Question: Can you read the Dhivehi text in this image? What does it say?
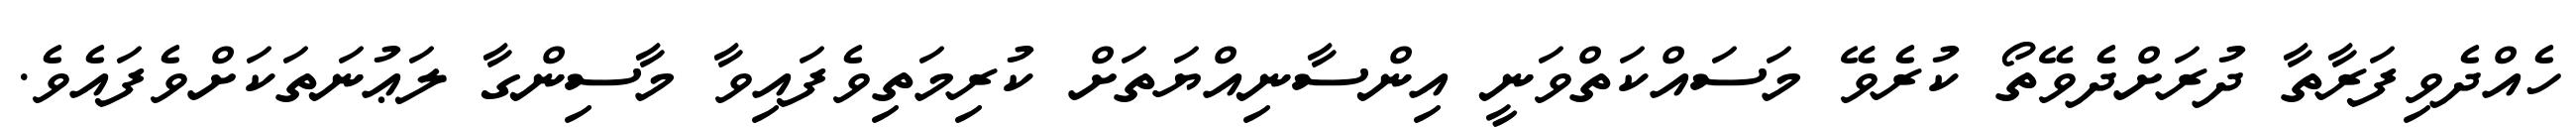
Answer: ހެއްދެވިފަރާތާ ދުރަށްދެވޭތޯ ކުރެވޭ މަސައްކަތްވަނީ އިންސާނިއްޔަތަށް ކުރިމަތިވެފައިވާ މާސިންގާ ލަޢުނަތަކަށްވެފައެވެ.